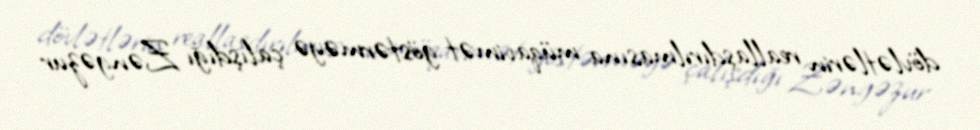
dövlətlərin reallaşdırılmasına müqavimət göstərməyə çalışdığı Zəngəzur